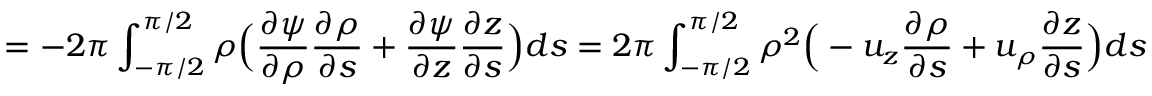
= - 2 \pi \int _ { - \pi / 2 } ^ { \pi / 2 } \rho \Big ( \frac { \partial \psi } { \partial \rho } \frac { \partial \rho } { \partial s } + \frac { \partial \psi } { \partial z } \frac { \partial z } { \partial s } \Big ) d s = 2 \pi \int _ { - \pi / 2 } ^ { \pi / 2 } \rho ^ { 2 } \Big ( - u _ { z } \frac { \partial \rho } { \partial s } + u _ { \rho } \frac { \partial z } { \partial s } \Big ) d s